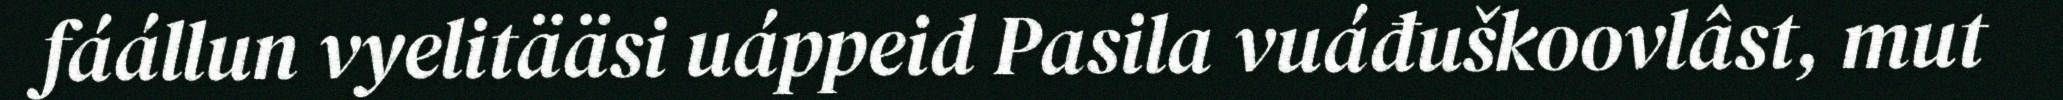
fáállun vyelitääsi uáppeid Pasila vuáđuškoovlâst, mut